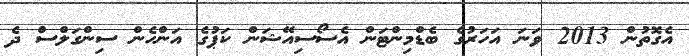
އެގޮތުން 2013 ވަނަ އަހަރުގެ ބެޑްމިންޓަން އެސޯސިއޭޝަން ކަޕުގެ އަންހެން ސިންގަލްސް ދެ